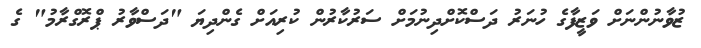
ޒުވާނުންނަށް ވަޒީފާގެ ހުނަރު ދަސްކޮށްދިނުމަށް ސަރުކާރުން ކުރިއަށް ގެންދިޔަ "ދަސްވާރު ޕްރޮގްރާމު" ގެ